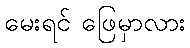
မေးရင် ဖြေမှာလား